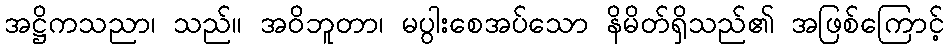
အဋ္ဌိကသညာ၊ သည်။ အဝိဘူတာ၊ မပွါးစေအပ်သော နိမိတ်ရှိသည်၏ အဖြစ်ကြောင့်